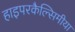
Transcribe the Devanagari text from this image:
हाइपरकैल्सिमीया